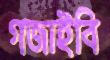
গজাইবি